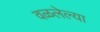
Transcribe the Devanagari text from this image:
वळलेल्या